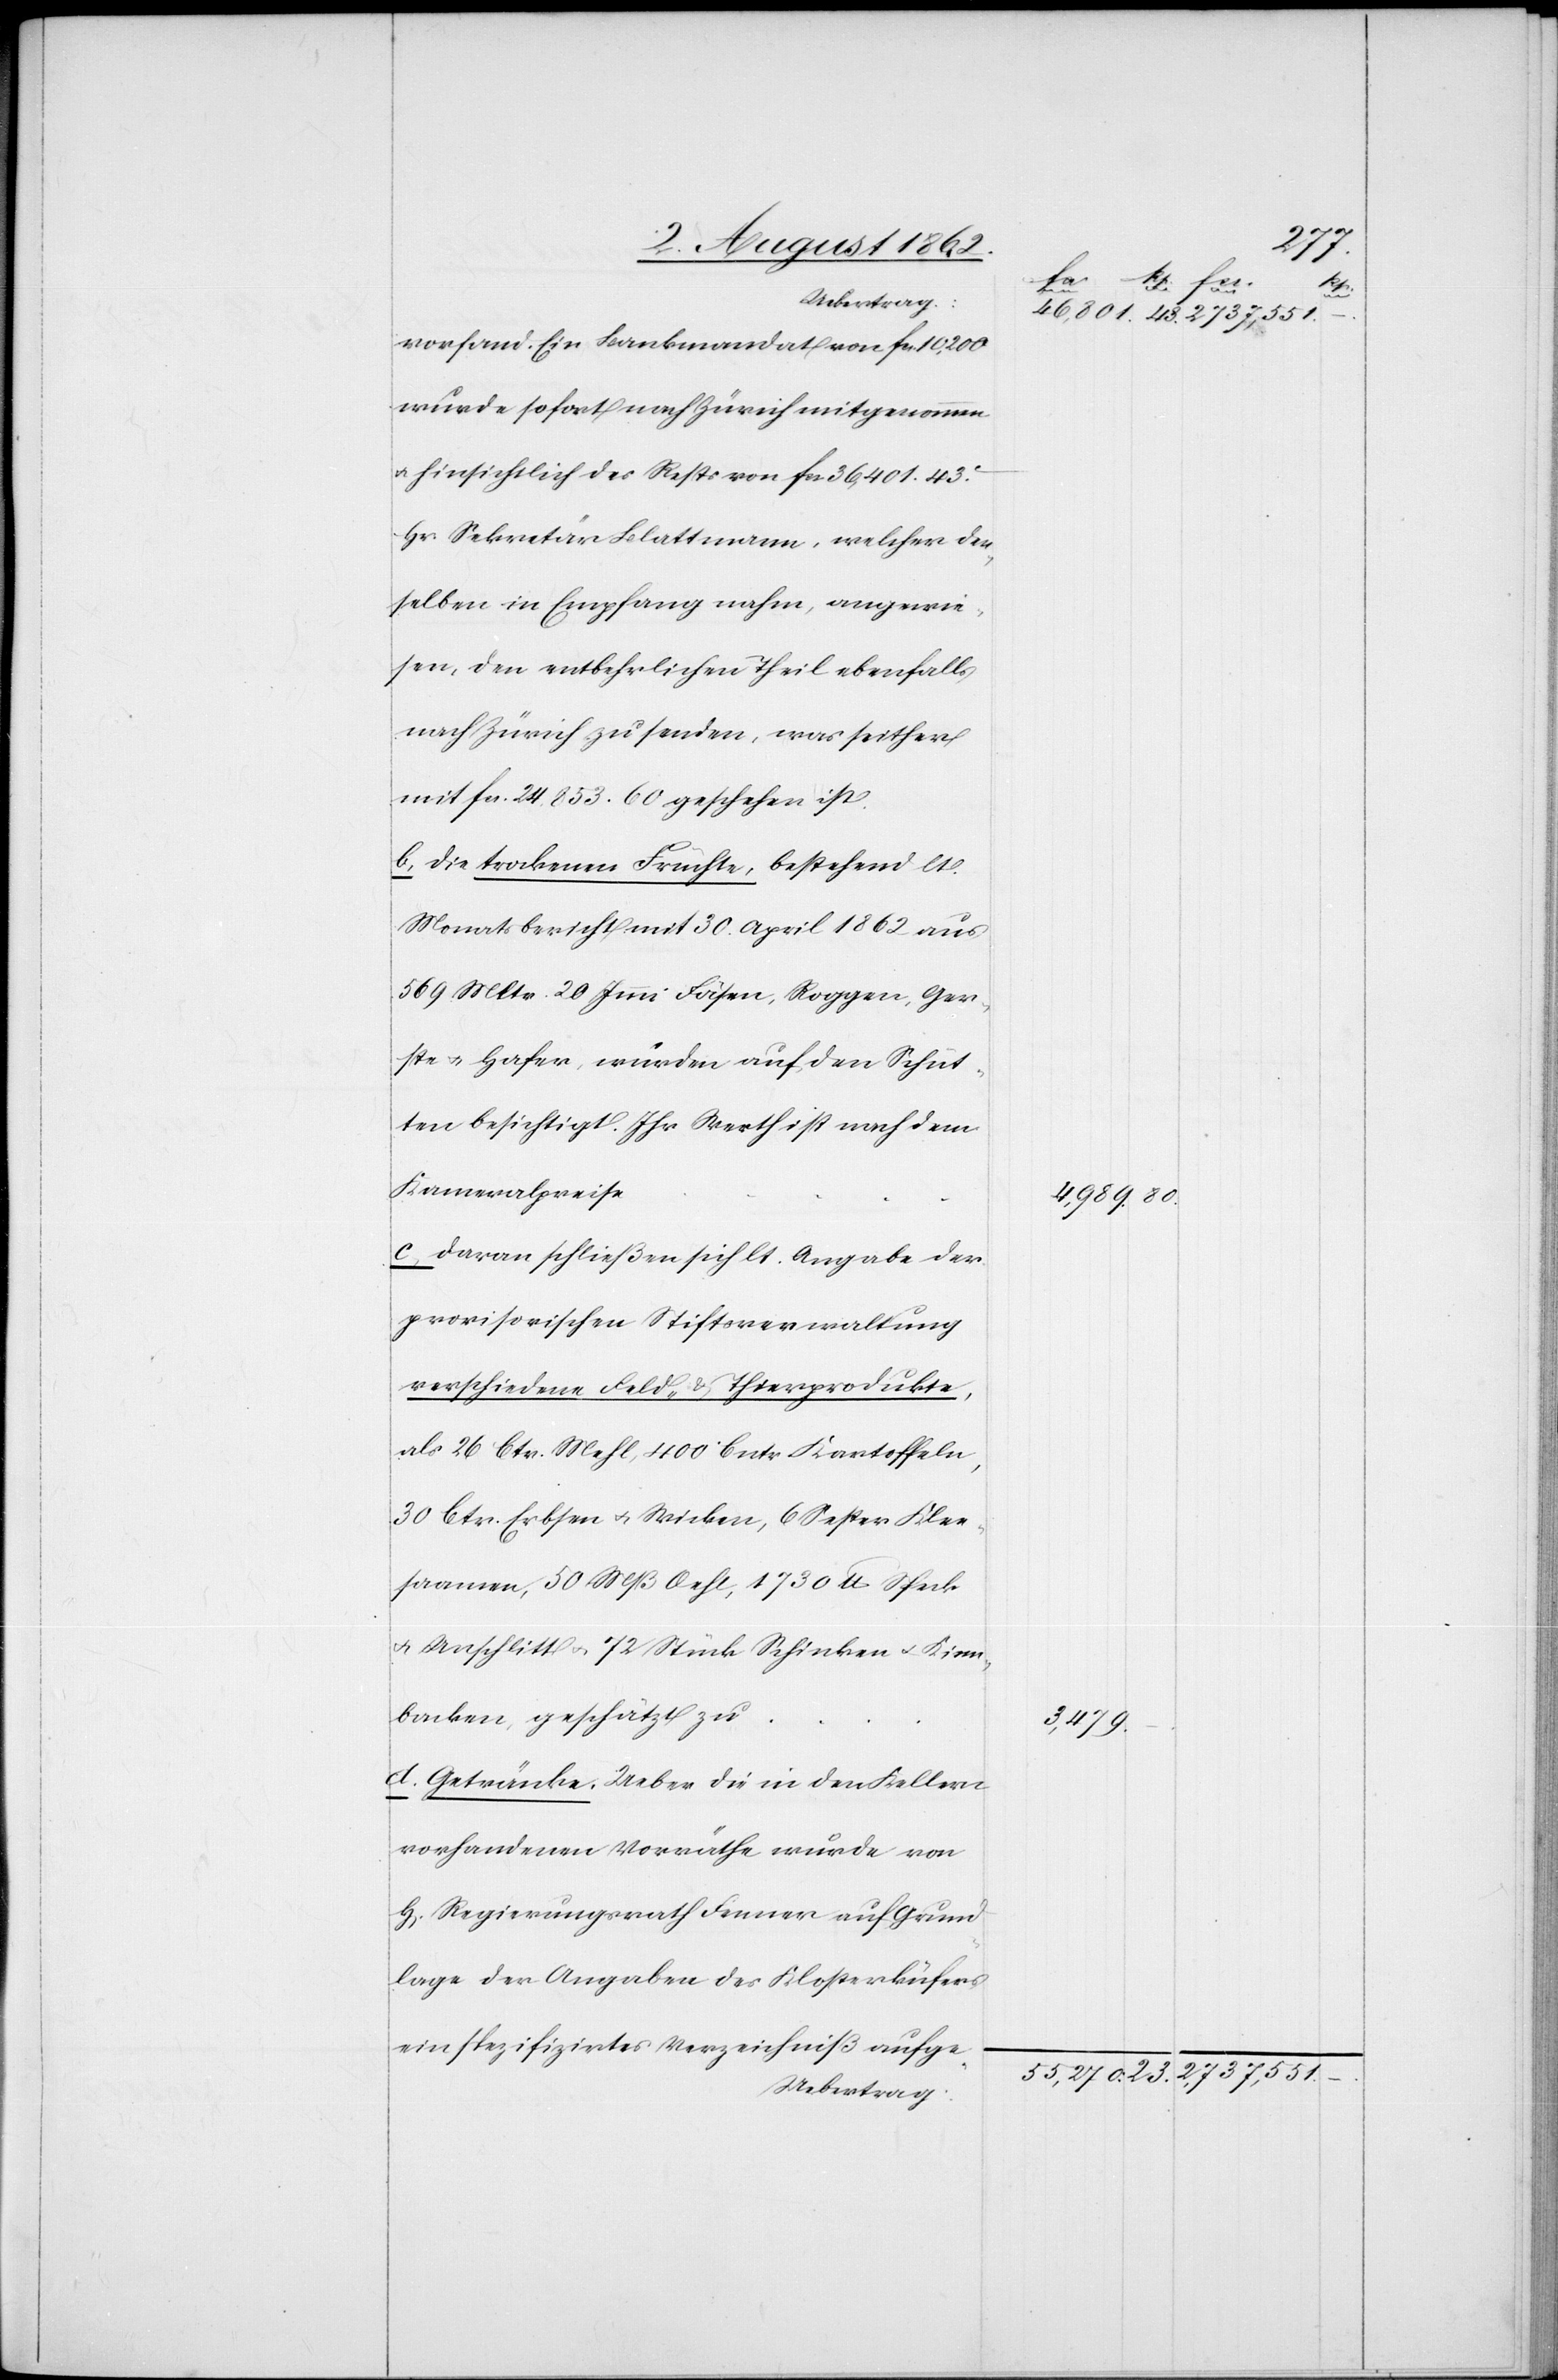
vorfand. Ein Bankmandat von fcs. 10,200
wurde sofort nach Zürich mitgenommen
u. hinsichtlich des Rests von fcs. 36m401 43c
Hr. Sekretär Blattmann, welcher den¬
selben in Empfang nahm, angewie¬
sen, den entbehrlichen Theil ebenfalls
nach Zürich zu senden, was seither
mit fcs. 24,853. 60 geschehen ist.
b. die trockenen Früchte, bestehend lt.
Monatsbericht mit 30. April 1862 aus
569 Mltr. 20. Immi Fäsen, Roggen, Ger¬
ste u. Hafer, wurden auf den Schüt¬
ten besichtigt. Ihr Werth ist nach dem
Kameralpreise
c. daran schließen sich lt. Angabe der
provisorischen Stiftsverwaltung
verschiedene Feld- u. Tierprodukte,
als 26. Ctr. Mehl, 400 Cntr. Kartoffeln,
30 Ctr. Erbsen u. Wieben, 6 Sester Klee¬
saamen, 50 Mß Oehl, 1730 lb. Speck
u. Anschlitt u. 72 Stück Schinken u. Kinn¬
backen, geschätzt zu
d. Getränke. Ueber die in den Kellern
vorhandenen Vorräthe wurde von
n] Regierungsrath Fenner auf Grund¬
lage der Angaben des Kosterküfers
ein spezifizirtes Verzeichniß aufge-
Uebertrag:

–

43.
H[err¬
4,989.
80.
3,479.